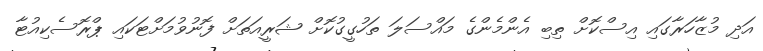
އަދި މުޒާހަރާގައި އިސްކޮށް ތިބި އެންމެންގެ މައްސަލަ ތަހުގީގުކޮށް ޝަރީއަތަށް ފޮނުވުމަށްޓަކައި ޕްރޮސެކިއުޓާ